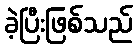
ခဲ့ပြီးဖြစ်သည်